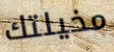
مخيلتك